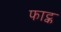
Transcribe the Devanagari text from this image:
फाट्क